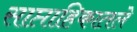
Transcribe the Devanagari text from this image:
साप्ताहिकातले